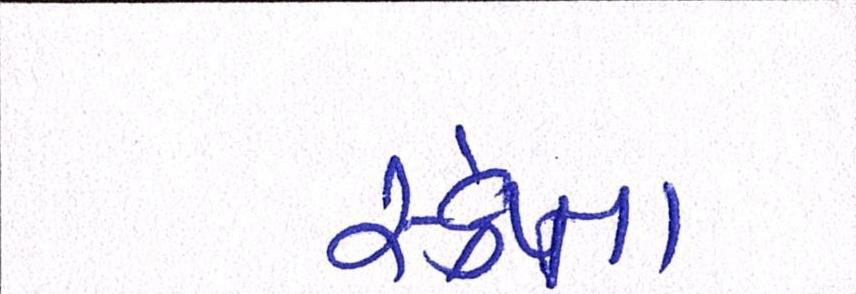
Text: સ્ક્રેપ્ના